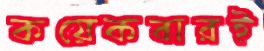
কয়েকবারই